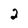
Character: 2